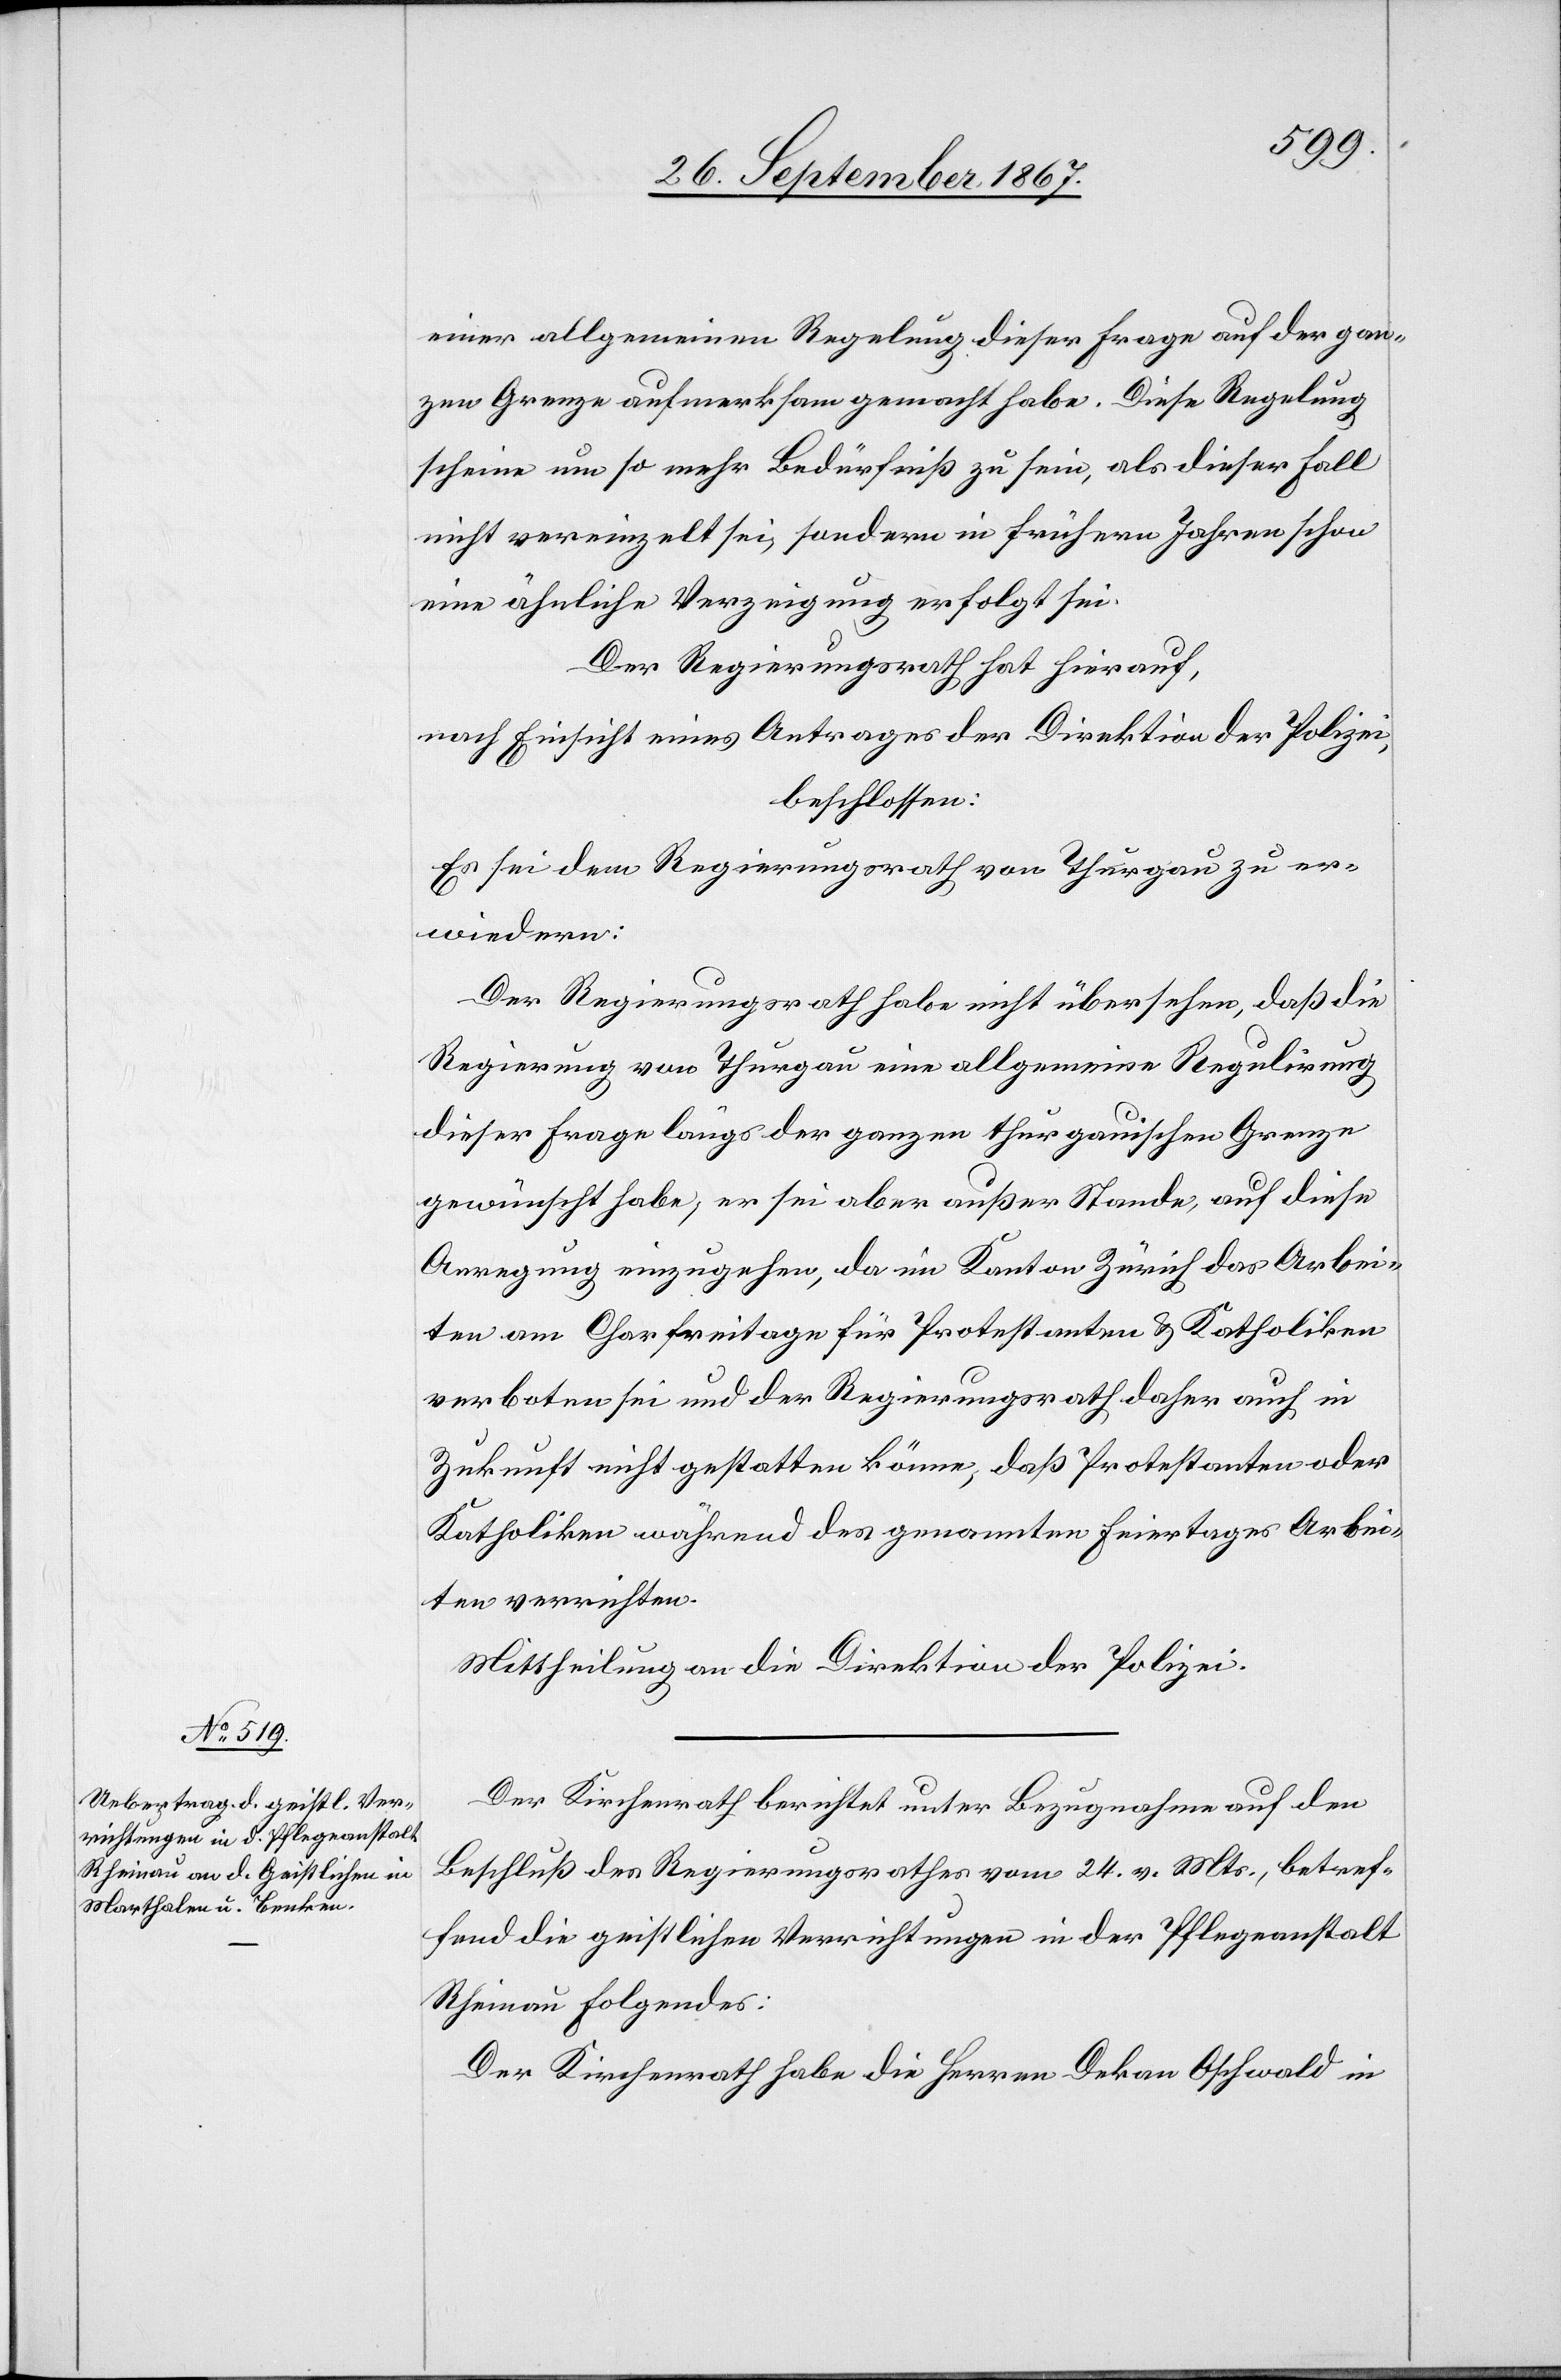
einer allgemeinen Regelung dieser Frage auf der gan¬
zen Grenze aufmerksam gemacht habe. Diese Regelung
scheine um so mehr Bedürfniß zu sein, als dieser Fall
nicht vereinzelt sei, sondern in frühern Jahren schon
eine ähnliche Verzeigung erfolgt sei.
Der Regierungsrath hat hierauf,
nach Einsicht eines Antrages der Direktion der Polizei,
beschlossen:
Es sei dem Regierungsrath von Thurgau zu er¬
wiedern:
Der Regierungsrath habe nicht übersehen, daß die
Regierung von Thurgau eine allgemeine Regulirung
dieser Frage längs der ganzen thurgauischen Grenze
gewünscht habe, sei aber außer Stande, auf diese
Anregung einzugehen, da im Kanton Zürich das Arbei¬
ten am Charfreitag für Protestanten u. Katholiken
verboten sei und der Regierungsrath daher auch in
Zukunft nicht gestatten könne, daß Protestanten oder
Katholiken während des genannten Feiertages Arbei¬
ten verrichten.
Mittheilung an die Direktion der Polizei.
Der Kirchenrath berichtet unter Bezugnahme auf den
Beschluß des Regierungsrathes vom 24. v. Mts., betref¬
fend die geistlichen Verrichtungen in der Pfleganstalt
Rheinau folgendes:
Der Kirchenrath habe die Herren Dekan Oschwald in